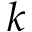
k